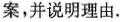
案，并说明理由.